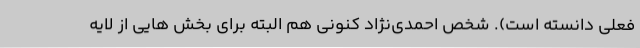
فعلی دانسته است). شخص احمدی‌نژاد کنونی هم البته برای بخش هایی از لایه